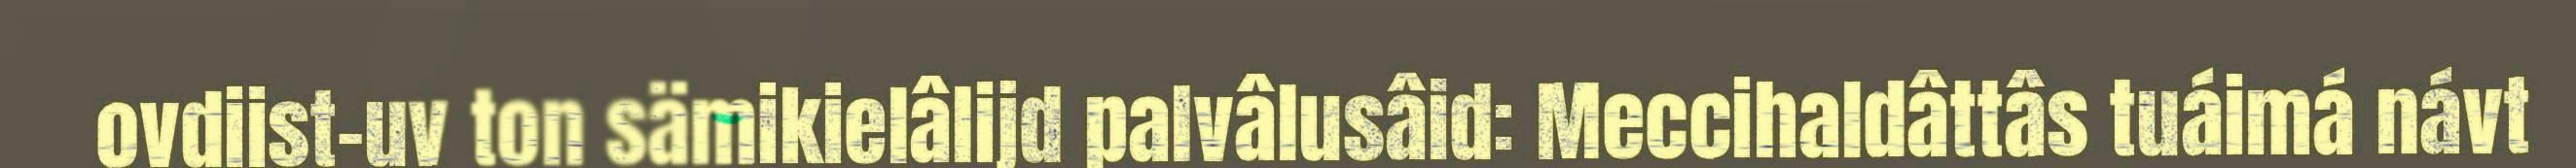
ovdiist-uv ton sämikielâlijd palvâlusâid: Meccihaldâttâs tuáimá návt